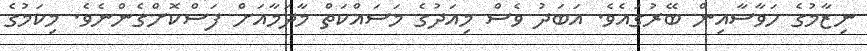
ނިޒާމުގެ ހަވާސާއިން ބޭރުގައެވެ. އަބަދު ވެސް މިއަދުގެ މަސައްކަތް މާދަމާއަށް ފަސްކޮށްގެންނެވެ. މިކަމުގެ